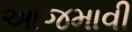
આજમાવી